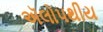
ઍલોપથીય